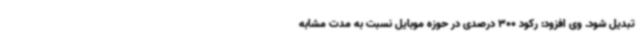
تبدیل شود. وی افزود: رکود 300 درصدی در حوزه موبایل نسبت به مدت مشابه